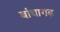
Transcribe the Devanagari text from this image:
बांधागढ़